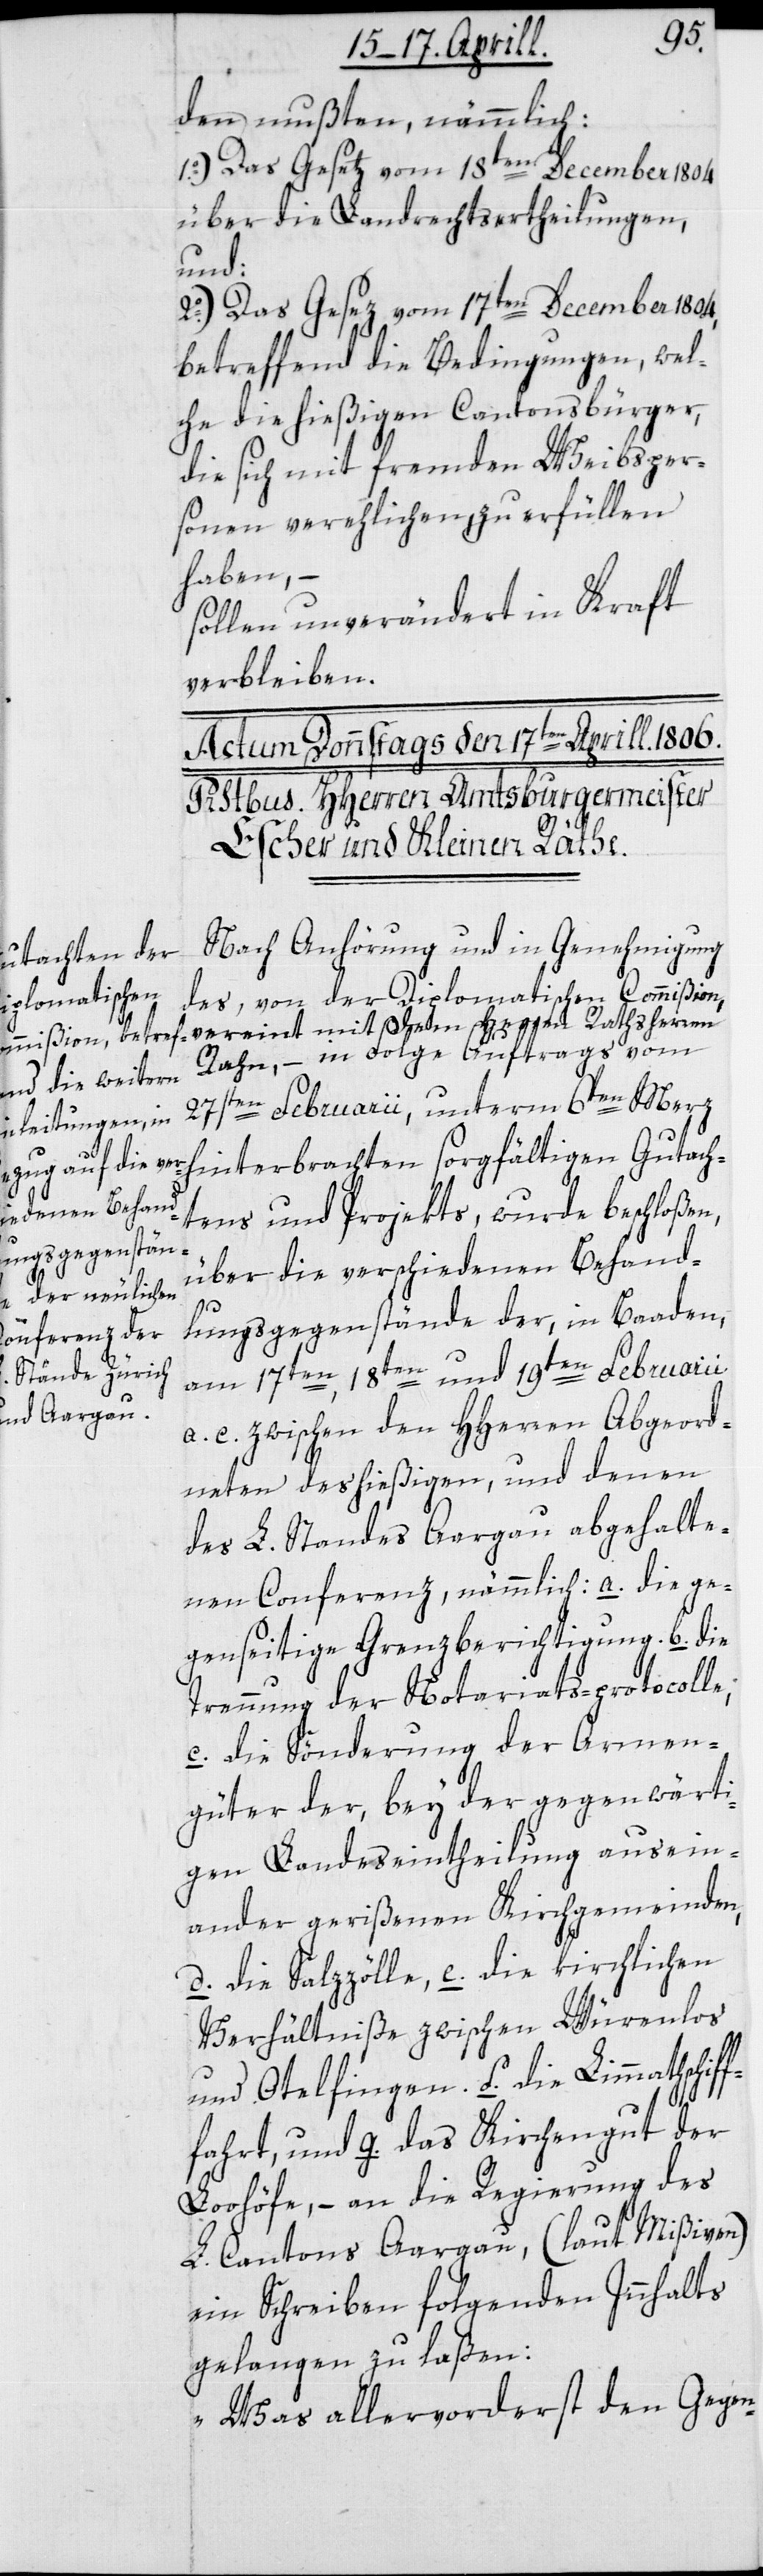
f¬
den mußten, nämmlich:
1o.) Das Gesetz vom 18ten December 1804
über die Landrechtsertheilungen,
und:
2o.) Das Gesez vom 17ten December 1804,
betreffend die Bedingungen, wel¬
che die hießigen Cantonsbürger,
die sich mit fremden Weibsper¬
sonen verehlichen, zu erfüllen
haben, –
sollen unverändert in Kraft
verbleiben.
Nach Anhörung und in Genehmigung
des, von der Diplomatischen Commißion,
vereint mit dem Herren Rathsherrn
Rahn, – in Folge Auftrags vom
27sten Februarii, unterm 6ten Merz
hinterbrachten sorgfältigen Gutach¬
tens und Projekts, wurde beschloße¬
über die verschiedenen Behand¬
n,
lungsgegenstände der, in Baaden,
am 17ten, 18ten und 19ten Februarii
a. c. zwischen den HHerren Abgeord¬
neten des hießigen, und denen
des L. Standes Aargau abgehalte¬
nen Conferenz, nämmlich: a. die ge¬
genseitige Grenzberichtigung. b. die
Trennung der Notariats-protocolle,
c. die Sönderung der Armen¬
güter der, bey der gegenwärti¬
gen Landeseintheilung ausein¬
ander gerißenen Kirchgemeinden,
d. die Salzzölle, e. die kirchlichen
Verhältniße zwischen Würenlos
und Otelfingen, f. die Limmathschif¬
fahrt, g. das Kirchengut der
Loohöfe, – an die Regierung des
L. Cantons Aargau, (laut Mißiven)
ein Schreiben folgenden Innhalts
gelangen zu laßen:
„Was allervorderst den Gegen-